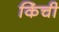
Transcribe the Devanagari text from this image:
किंची